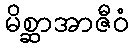
မိစ္ဆာအာဇီဝံ